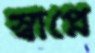
স্বাপ্নে